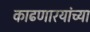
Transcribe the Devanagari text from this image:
काढणारयांच्या